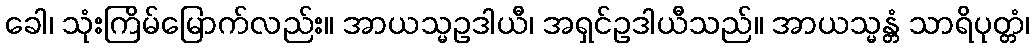
ခေါ၊ သုံးကြိမ်မြောက်လည်း။ အာယသ္မဥဒါယီ၊ အရှင်ဥဒါယီသည်။ အာယသ္မန္တံ သာရိပုတ္တံ၊